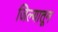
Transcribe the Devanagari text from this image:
जिल्यातून